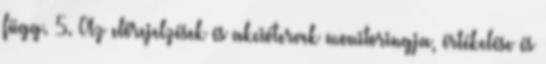
függ. 5. Az előrejelzések és akciótervek monitoringja, értékelése és